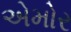
એમોર